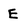
Character: E